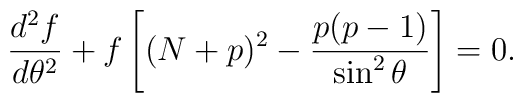
{d^2 f\over d\theta^2} +f \left[ (N+p)^2 - {p(p-1)\over\sin^2\theta} \right] = 0.